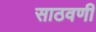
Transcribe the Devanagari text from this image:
साठवणी